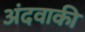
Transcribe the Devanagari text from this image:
अंदवाकी